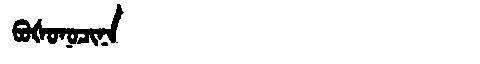
Manchu: ᠪᠣᡧᠣᠨᠣᠴᡳᠨᠠ
Romanization: BOŠONOCINA